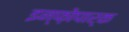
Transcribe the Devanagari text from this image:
इन्फ़ोपार्क